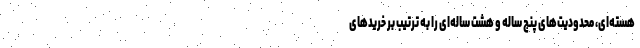
هسته‌ای، محدودیت‌های پنج ساله و هشت ساله‌ای را به ترتیب بر خرید‌های